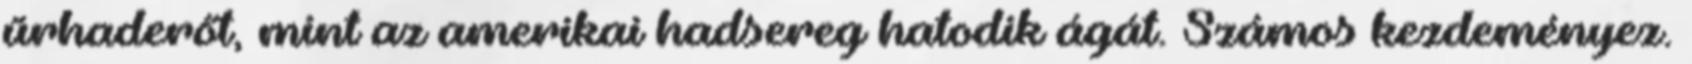
űrhaderőt, mint az amerikai hadsereg hatodik ágát. Számos kezdeményez.